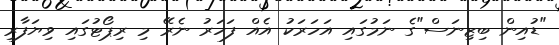
"ޑުއިން ބިޒިނަސް"ގެ ނަމުގައި އަހަރަކު އެއް ފަހަރު ނެރޭ މި ރިޕޯޓުގައި ވިޔަފާރި